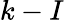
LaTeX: k-I